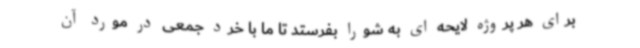
برای هر پروژه لایحه ای به شورا بفرستد تا ما با خرد جمعی در مورد آن